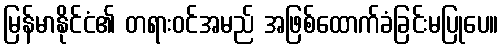
မြန်မာနိုင်ငံ၏ တရားဝင်အမည် အဖြစ်ထောက်ခံခြင်းမပြုပေ။